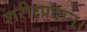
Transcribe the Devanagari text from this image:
शरीरप्रदान।